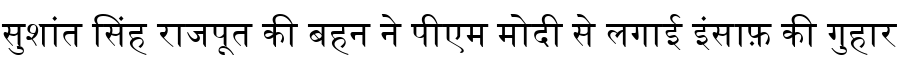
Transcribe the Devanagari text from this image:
सुशांत सिंह राजपूत की बहन ने पीएम मोदी से लगाई इंसाफ़ की गुहार